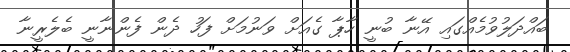
ބައްދަލުވުމެއްގައި އޭނާ ބުނީ ހާޕާ ގެއަށް ވަނުމަށް ފަހު ދެން ފެންނާނީ ބެލެރީނާ